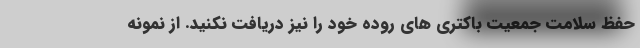
حفظ سلامت جمعیت باکتری های روده خود را نیز دریافت نکنید. از نمونه